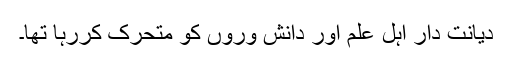
دیانت دار اہل علم اور دانش وروں کو متحرک کررہا تھا۔